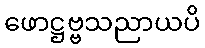
ဖောဋ္ဌဗ္ဗသညာယပိ